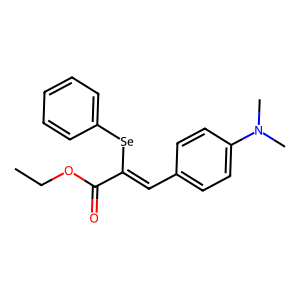
SMILES: CCOC(=O)C(=Cc1ccc(N(C)C)cc1)[Se]c1ccccc1
Inhibits HIV replication: No